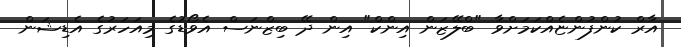
އާރް ކުންފުންޏެއްކަމަށްވާ "ބްލޭޒަން އިންކް" އިން ދޭ ބިޒްނަސް އެވޯޑުގެ މިއަހަރުގެ އެޑިޝަން